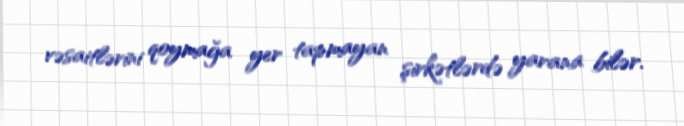
vəsaitlərini qoymağa yer tapmayan şirkətlərdə yarana bilər.